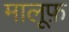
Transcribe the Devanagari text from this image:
मालूफ़